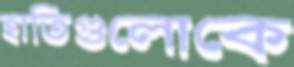
হাতিগুলোকে